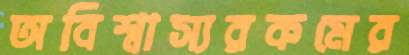
অবিশ্বাস্যরকমের